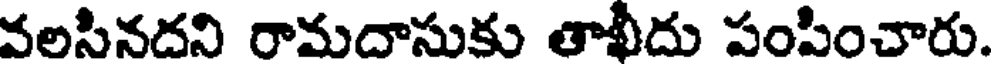
వలసినదని రామదాసుకు తాఖీదు పంపించారు.